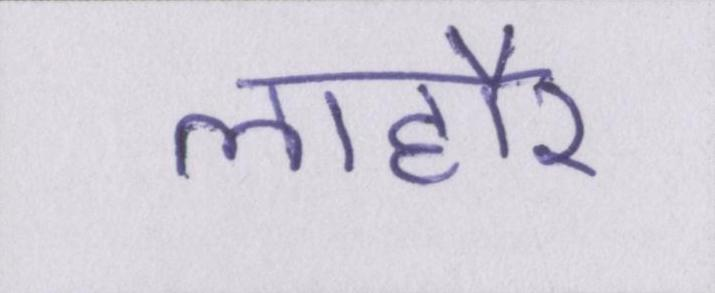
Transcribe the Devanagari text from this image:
लाहौर